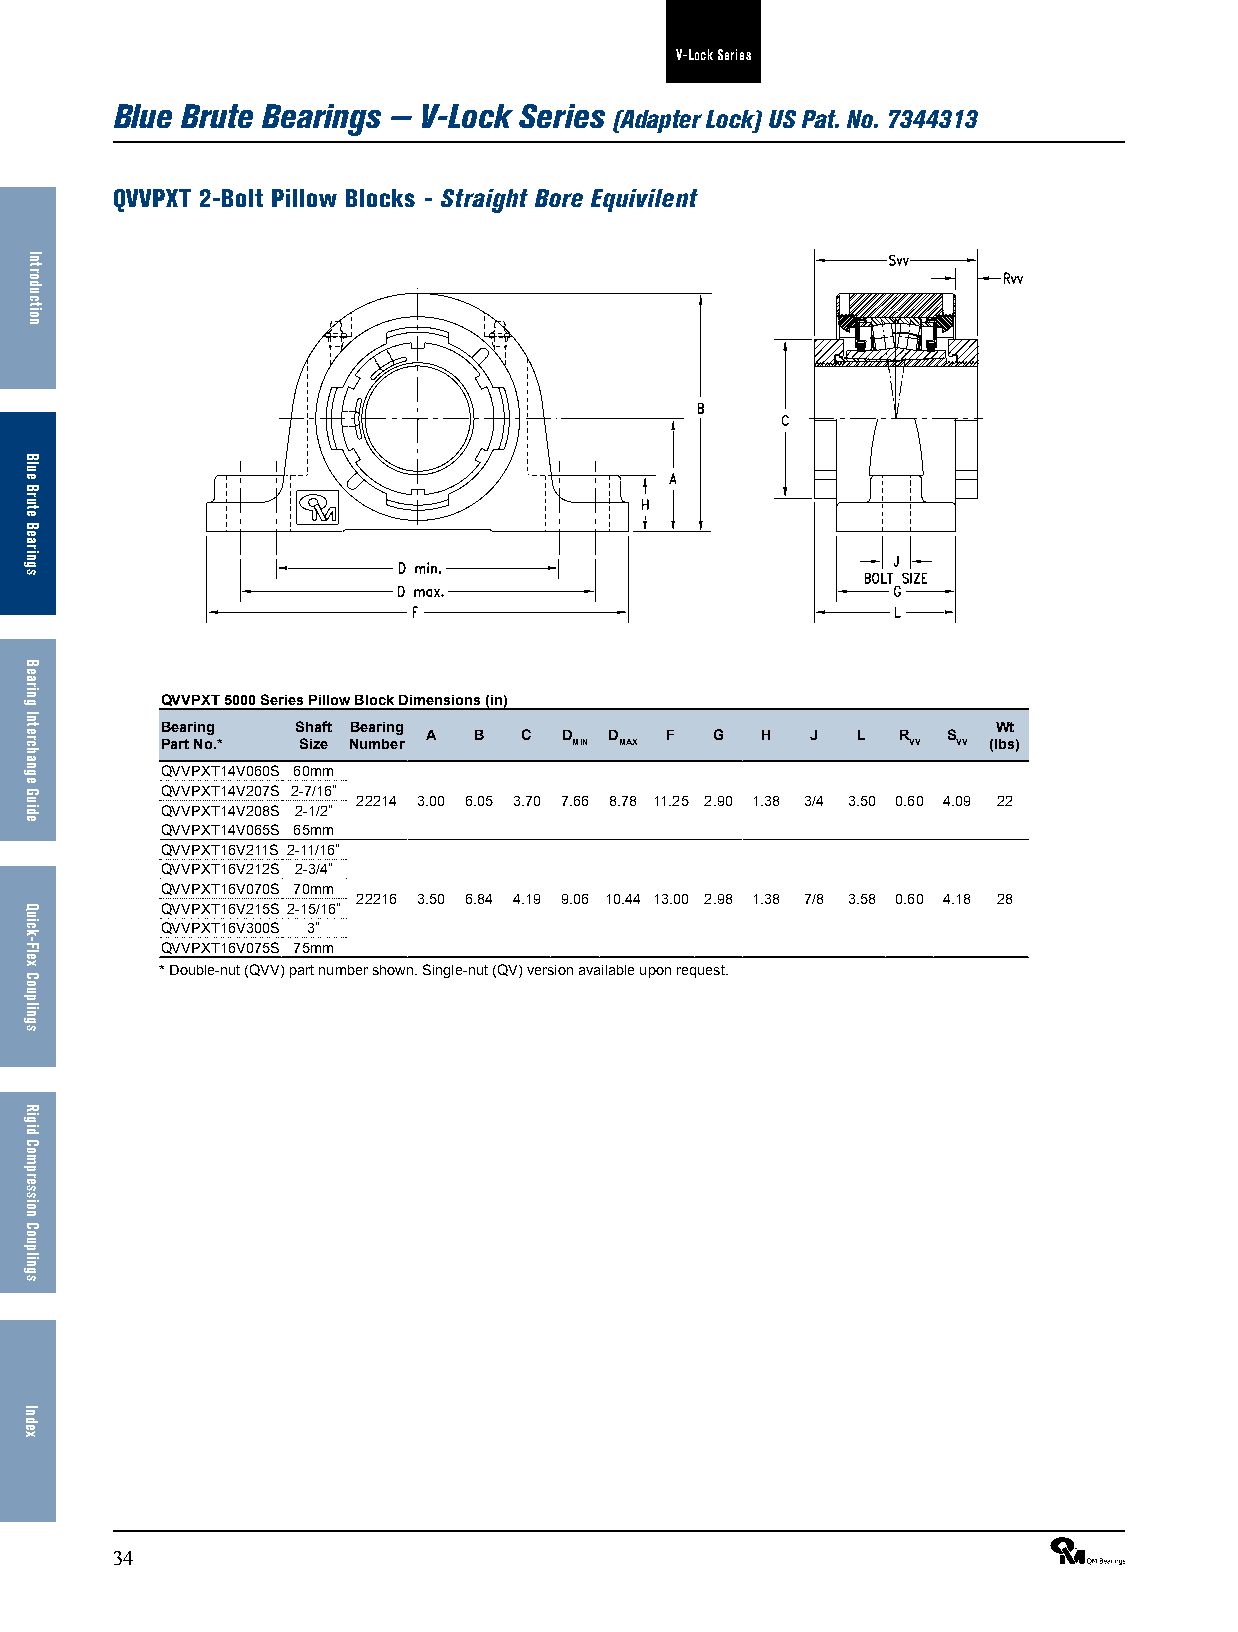
V-Lock Series
 Blue Brute Bearings — V-Lock Series
 (Adapter Lock) US Pat. No. 7344313
 QVVPXT 2-Bolt Pillow Blocks - Straight Bore Equivilent
 QVVPXT 5000 Series Pillow Block Dimensions (in)
 Bearing  Shaft Bearing                                 Wt
 A  B   C D  D   F  G  H   J  L R   S
 Part No.* Size Number      MIN MAX               VV VV (lbs)
 QVVPXT14V060S 60mm
 QVVPXT14V207S 2-7/16”
 22214 3.00 6.05 3.70 7.66 8.78 11.25 2.90 1.38 3/4 3.50 0.60 4.09 22
 QVVPXT14V208S 2-1/2”
 QVVPXT14V065S 65mm
 QVVPXT16V211S 2-11/16”
 QVVPXT16V212S 2-3/4”
 QVVPXT16V070S 70mm
 22216 3.50 6.84 4.19 9.06 10.44 13.00 2.98 1.38 7/8 3.58 0.60 4.18 28
 QVVPXT16V215S 2-15/16”
 QVVPXT16V300S 3”
 QVVPXT16V075S 75mm
 * Double-nut (QVV) part number shown. Single-nut (QV) version available upon request.
 34                                                              ®
 Introduction
 Blue
 Brute
 Bearings
 Bearing
 Interchange
 Guide
 Quick-Flex
 Couplings
 Rigid
 Compression
 Couplings
 Index